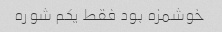
خوشمزه بود فقط یکم شوره